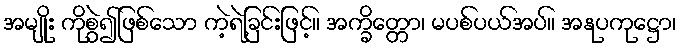
အမျိုး ကိုစွဲ၍ဖြစ်သော ကဲ့ရဲ့ခြင်းဖြင့်။ အက္ခိတ္တော၊ မပစ်ပယ်အပ်။ အနုပကုဋ္ဌော၊